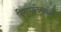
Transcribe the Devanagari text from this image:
तिरुप्पदिगक्कोवै